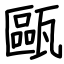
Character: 甌